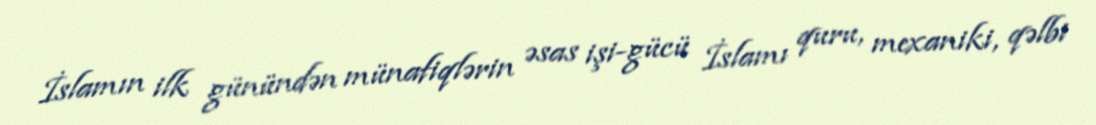
İslamın ilk günündən münafiqlərin əsas işi-gücü İslamı quru, mexaniki, qəlbi